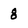
Character: 8